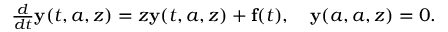
\begin{array} { r } { \frac { d } { d t } { \bf y } ( t , a , z ) = z { \bf y } ( t , a , z ) + { \bf f } ( t ) , \ \ \ { \bf y } ( a , a , z ) = 0 . } \end{array}